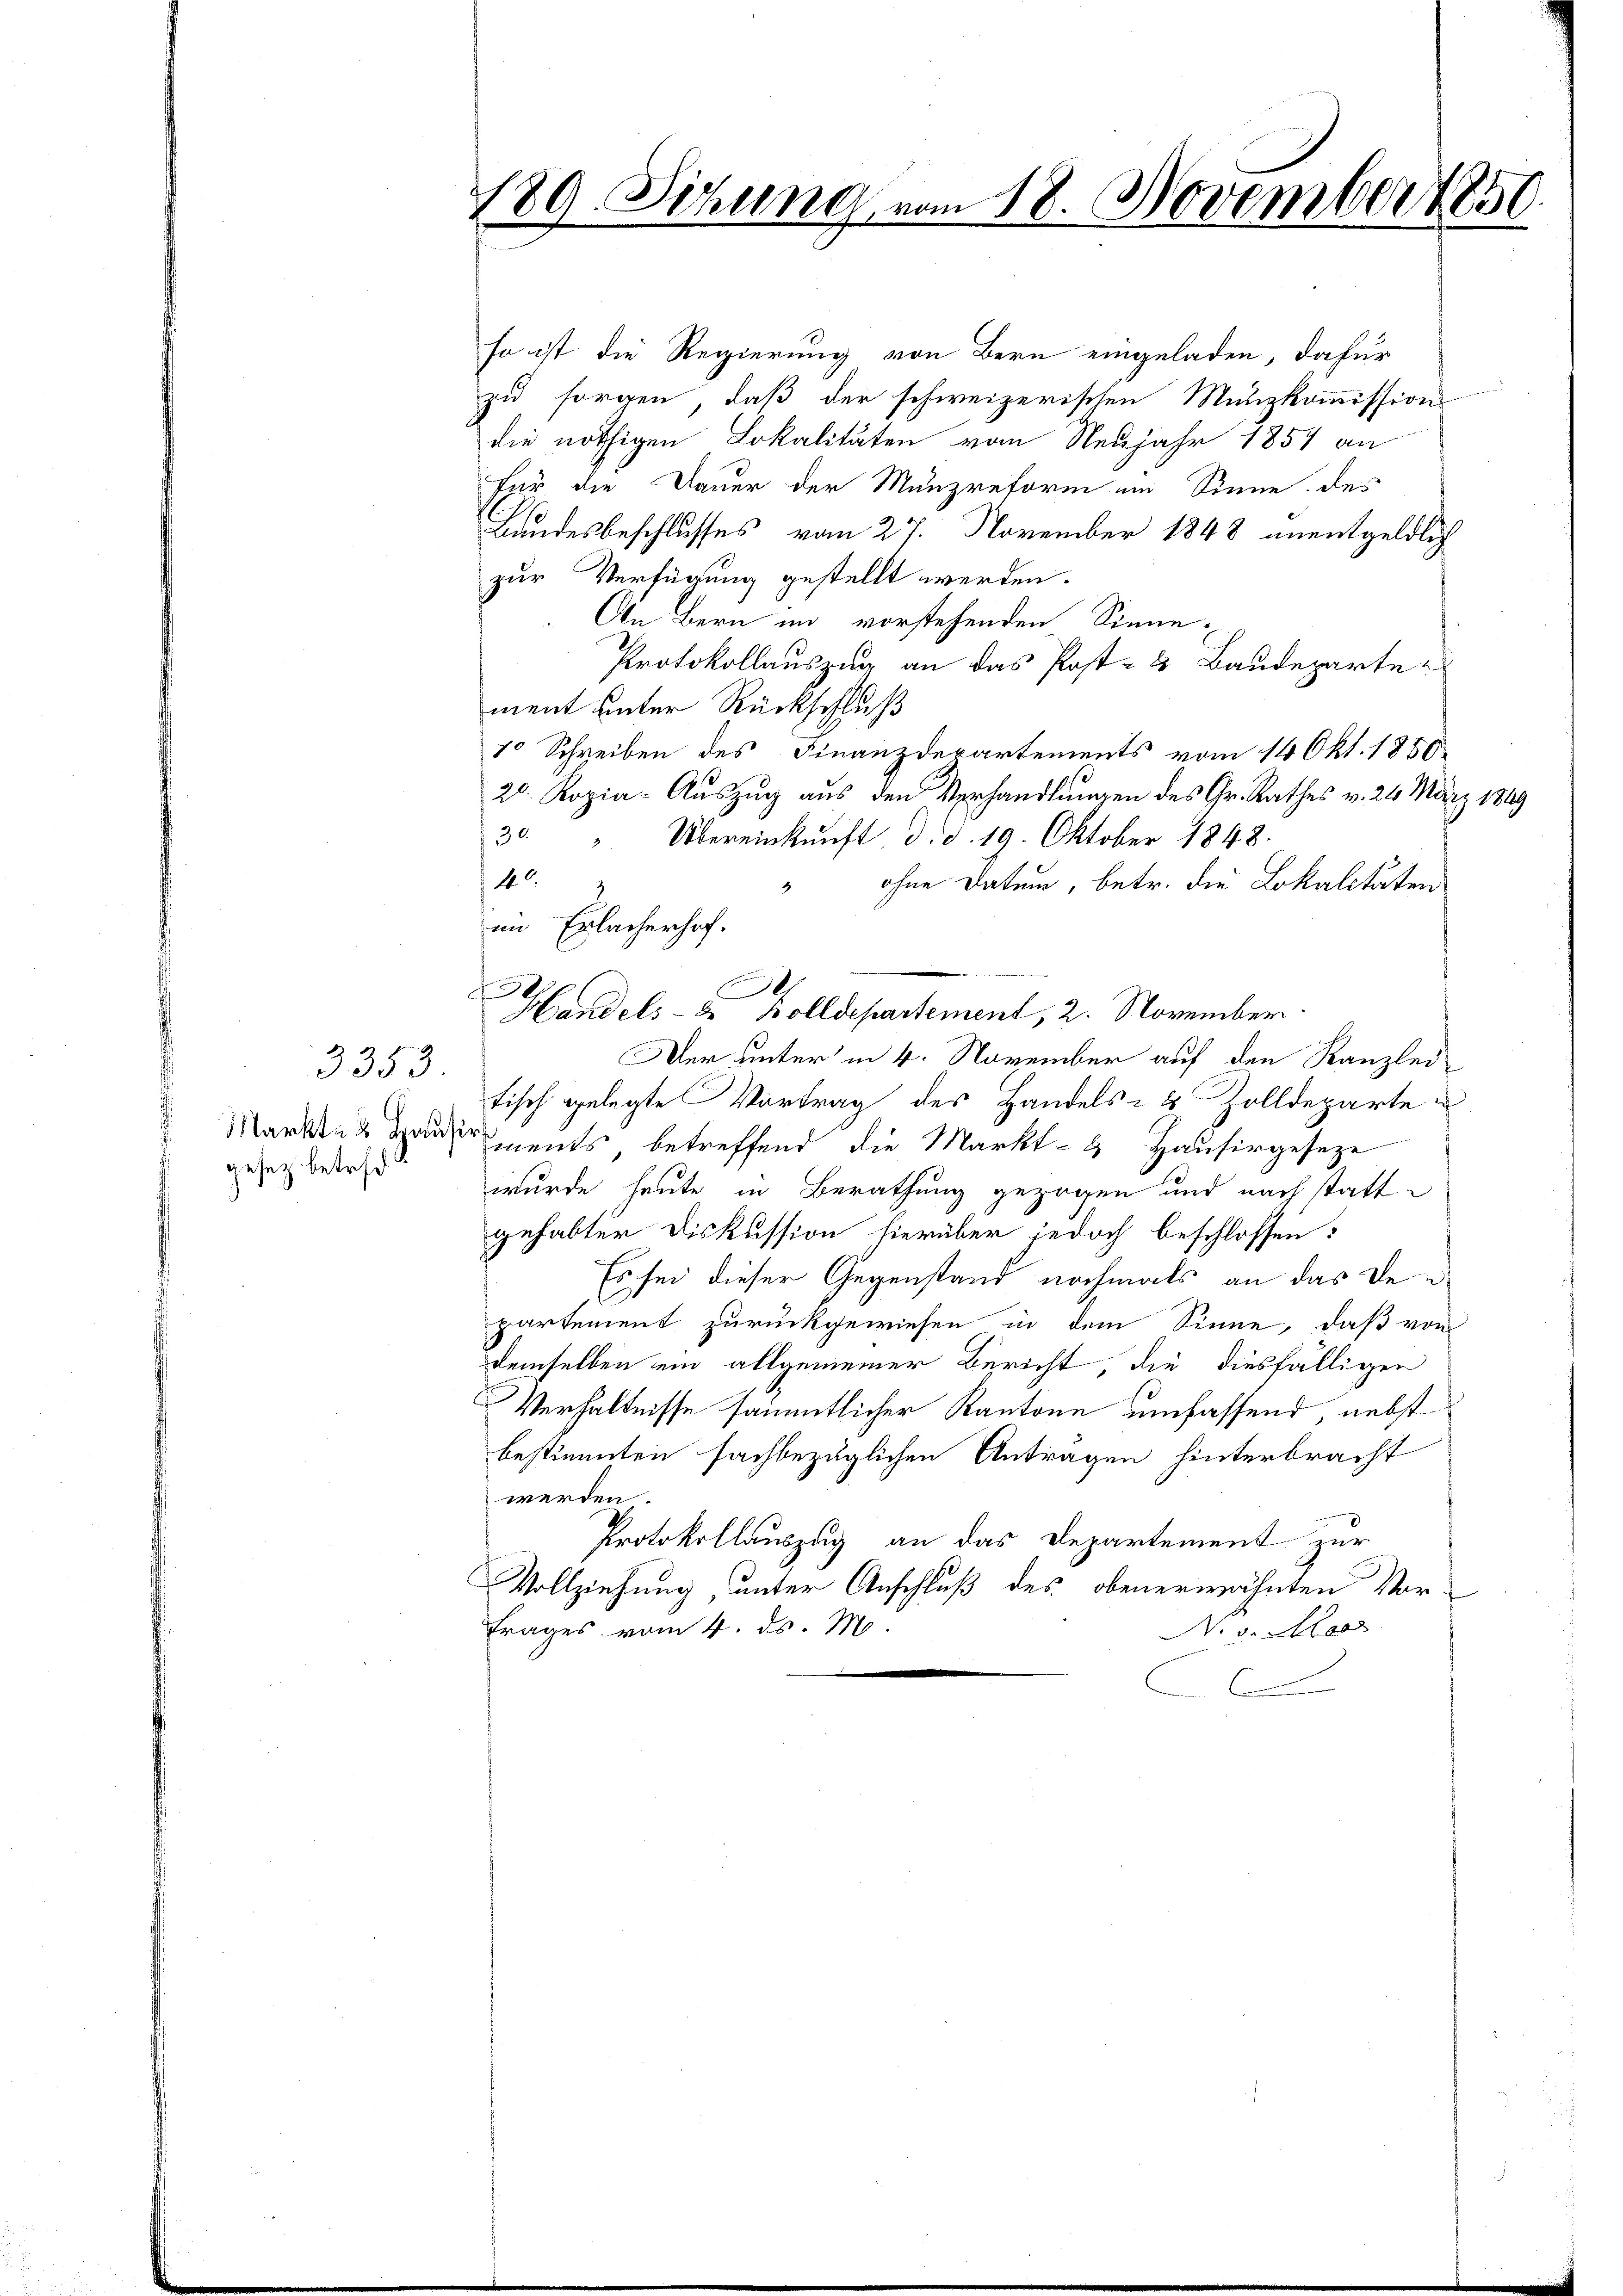
3353
gesetz betreff

189. Sitzung vom 18. November 1851

im Erlacherhof.
e
e
Handels- & Bolldepartement, 2. November.

so ist die Regierung von Bern eingeladen, dafür
zu sorgen, daß der schweizerischen Munzkommissions
die nöthigen Lokalitäten vom Neujahr 1857 an
für die Dauer der Münzreform im Sinne des
Bundesbeschlusses vom 27. November 1848 unentgeldlich
zur Verfügung gestellt werden.
An Bern in vorstehenden Sinne
Protokollauszug an das Post- & Baudeparte
ment unter Rückschluß
1 Schreiben des Finanzdepartements vom 14 Okt. 1850
20. Kopia-Auszug aus den Verhandlungen des Gr. Rathes v. 26. März 1849
30 " Übereinkunft, d. d. 19. Oktober 1848.
 140.
ohne Datum, betr. die Lokalitäten
Der unter in 4. November auf den Kanzlei-
tisch gelegte Vortrag des Handels- & Zolldeparte u
Markte aments, betreffend die Markt- & Hausirgeseze
wurde heute in Berathung gezogen und nach statt-
gehabter Diskussion hierüber jedoch beschlossen:
Es sei dieser Gegenstand nochmals an das Departement zurückgewiesen in dem Sinne, daß von
demselben ein allgemeiner Bericht die diesfälligen
Verhältnisse sämmtlicher Kantone umfassend, nebst
bestimmten fachbezüglichen Antragen hinterbracht
werden.
Protokollauszug an das Departement zur
Vollziehung unter Anschluß des obenerwähnten Vor¬
Frages vom 4. ds. M.
No 3. Maer
C